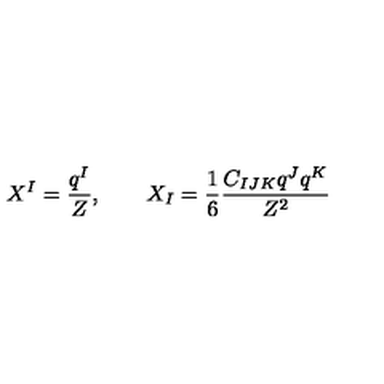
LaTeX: X ^ { I } = \frac { q ^ { I } } { Z } , \qquad X _ { I } = \frac { 1 } { 6 } \frac { C _ { I J K } q ^ { J } q ^ { K } } { Z ^ { 2 } }